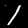
Digit: 1